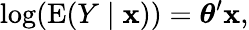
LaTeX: \log(\operatorname{E}(Y\mid\mathbf{x}))={\boldsymbol{\theta}}^{\prime}\mathbf{x},